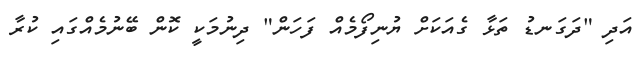
އަދި "ދަގަނޑު ތަޅާ ގެއަކަށް ޔުނިފޯމެއް ފަހަން" ދިނުމަކީ ކޮން ބޭނުމެއްގައި ކުރާ